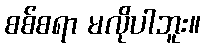
စစ်စရာ မလိုပါဘူး။